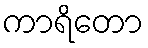
ကာရိတော